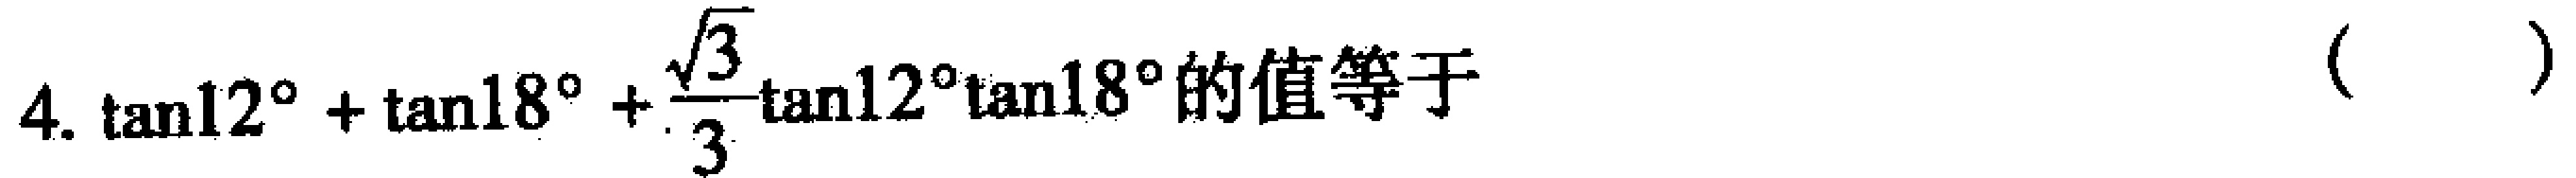
4. $\tan12^{\circ}+\tan18^{\circ}+\frac{\sqrt{3}}{3}\tan12^{\circ}\tan18^{\circ}$的值等于（  ）